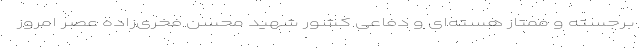
برجسته و ممتاز هسته‌ای و دفاعی کشور شهید محسن فخری‌زاده عصر امروز